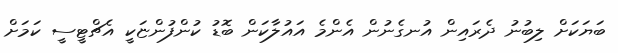
ބަޔަކަށް ލިބުނު ދެރައިން އުނގެނުން އެންމެ އައުލާކަން ބޮޑު ކުންފުންޏަކީ އެޗްޓީސީ ކަމަށް